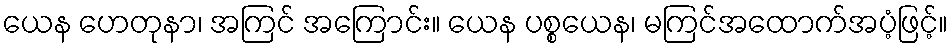
ယေန ဟေတုနာ၊ အကြင် အကြောင်း။ ယေန ပစ္စယေန၊ မကြင်အထောက်အပံ့ဖြင့်။